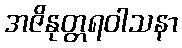
အဇိနုတ္တရဝါသနာ